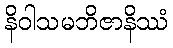
နိဝါသမဘိဇာနိဿံ